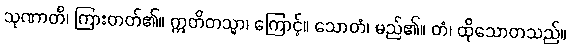
သုဏာတိ၊ ကြားတတ်၏။ ဣတိတသ္မာ၊ ကြောင့်။ သောတံ၊ မည်၏။ တံ၊ ထိုသောတသည်။